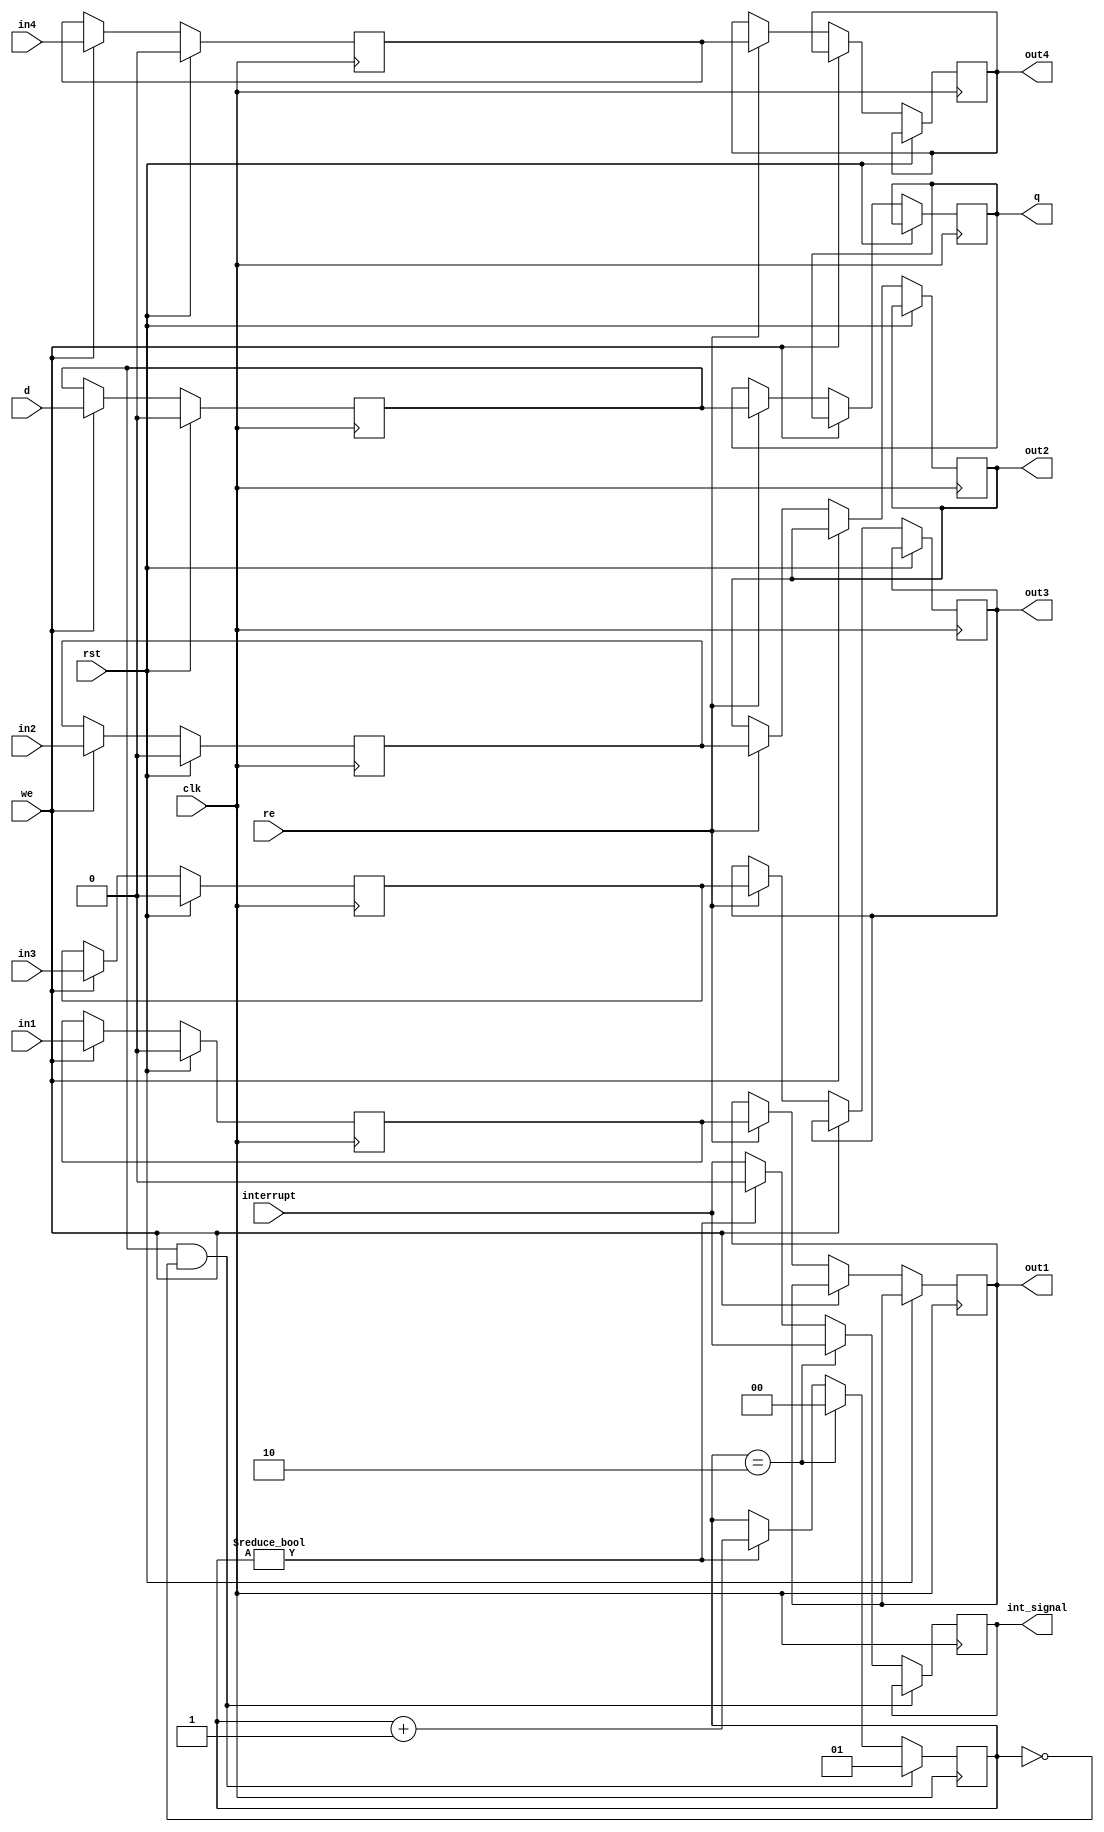
`timescale 1ns / 1ps
//////////////////////////////////////////////////////////////////////////////////
// Company: 
// Engineer: 
// 
// Design Name: 
// Module Name: Done_Reg
// Project Name: 
// Target Devices: 
// Tool Versions: 
// Description: 
// 
// Dependencies: 
// 
// Revision:
// Revision 0.01 - File Created
// Additional Comments:
// 
//////////////////////////////////////////////////////////////////////////////////


module Done_Reg(
    input clk, rst, we, re, d, in1, in2, in3, in4, interrupt,
    output reg q, out1, out2, out3, out4, int_signal
    );
    
    reg done, int1, int2, int3, int4;
    reg [1:0] counter = 0;
    
    always@(posedge clk)
    begin
        if(rst)
        begin
            done <= 0;
            int1 <= 0;
            int2 <= 0;
            int3 <= 0;
            int4 <= 0;
        end
        else if(we)
        begin
            done <= d;
            int1 <= in1;
            int2 <= in2;
            int3 <= in3;
            int4 <= in4;
        end
        else if(re)
        begin
            q <= done;
            out1 <= int1;
            out2 <= int2;
            out3 <= int3;
            out4 <= int4;
        end
    end
    always@(posedge clk)
    begin
        if(done && !counter) counter <= 1;
        else if(counter == 2)
        begin
            counter <= 0;
            int_signal <= interrupt;
        end
        else if(counter)
        begin
            int_signal <= 0;
            counter <= counter + 1;
        end
        else int_signal <= interrupt; 
    end
endmodule